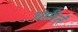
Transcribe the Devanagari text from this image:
धारितं